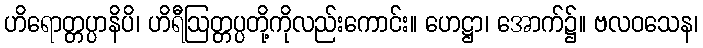
ဟိရောတ္တပ္ပာနိပိ၊ ဟိရီဩတ္တပ္ပတို့ကိုလည်းကောင်း။ ဟေဋ္ဌာ၊ အောက်၌။ ဗလဝသေန၊